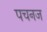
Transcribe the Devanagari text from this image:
पचनज